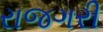
રાજગરી